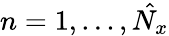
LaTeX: n=1,...,\hat{N_{x}}